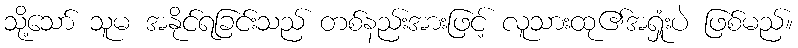
သို့သော် သူမ အနိုင်ရခြင်းသည် တစ်နည်းအားဖြင့် လူသားထု၏အရှုံးပဲ ဖြစ်မည်။